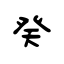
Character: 癸